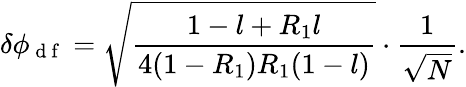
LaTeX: \delta\phi_{\mathrm{~d~f~}}=\sqrt{\frac{1-l+R_{1}l}{4(1-R_{1})R_{1}(1-l)}}\cdot\frac{1}{\sqrt{N}}.